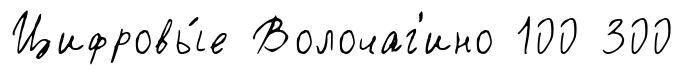
Цифровы́е Волочаг'ино 100 300